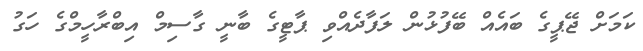
ކަމަށް ޖޭޕީގެ ބައެއް ބޭފުޅުން ލަފާދެއްވި ޕާޓީގެ ބާނީ ގާސިމް އިބްރާހީމްގެ ހަގު